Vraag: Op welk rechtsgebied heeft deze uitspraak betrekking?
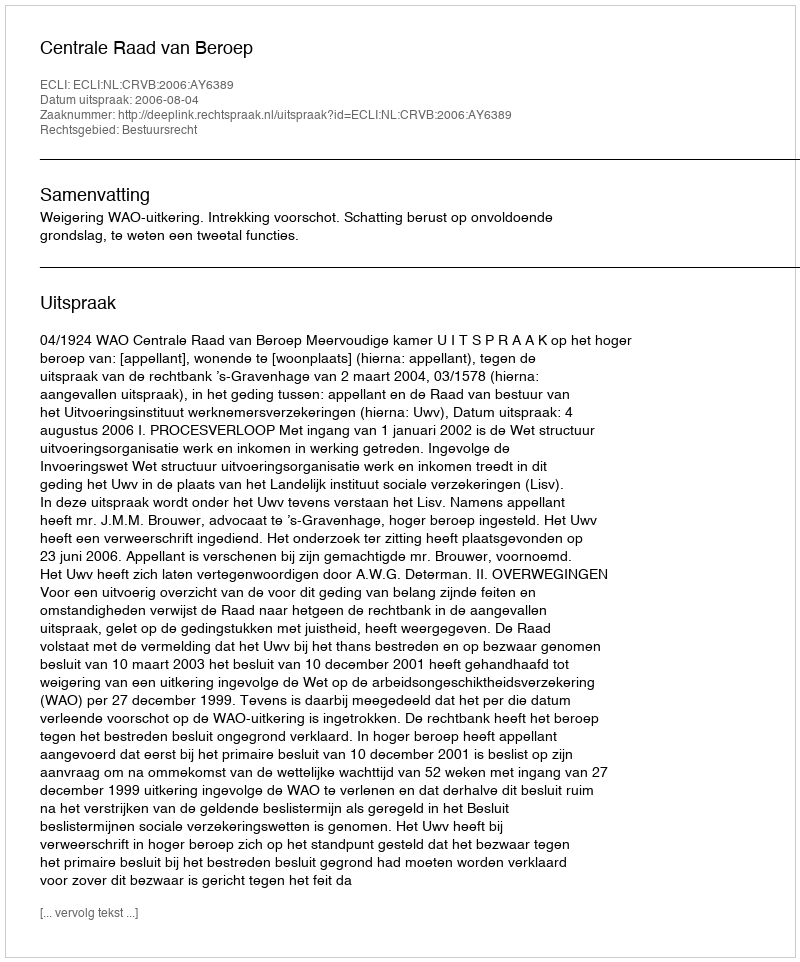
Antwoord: Bestuursrecht